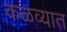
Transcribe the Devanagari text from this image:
कळव्यात